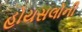
હોયસલોની